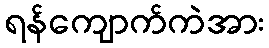
ရန်ကျောက်ကဲအား